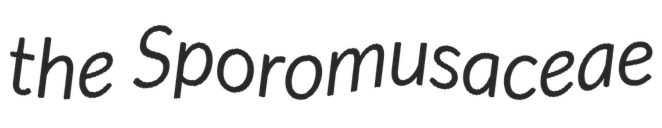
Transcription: the Sporomusaceae